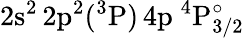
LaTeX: \mathrm{2s^{2}\, 2p^{2}(^{3}P)\, 4p~^{4}P_{3/2}^{\circ}}